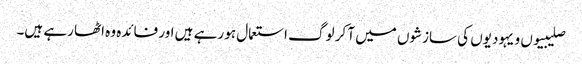
صلیبیوں و یہودیوں کی سازشوں میں آ کر لوگ استعمال ہو رہے ہیں اور فائدہ وہ اٹھا رہے ہیں۔